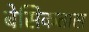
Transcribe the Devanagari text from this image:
बेसिकतास